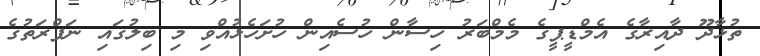
ތުޅާދޫ ދާއިރާގެ އެމްޑީޕީގެ މެމްބަރު ހިސާން ހުސެއިން ހުށަހެޅުއްވި މި ބިލުގައި ނަފްރަތުގެ